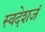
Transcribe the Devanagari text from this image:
स्वदेशजं